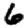
Digit: 6